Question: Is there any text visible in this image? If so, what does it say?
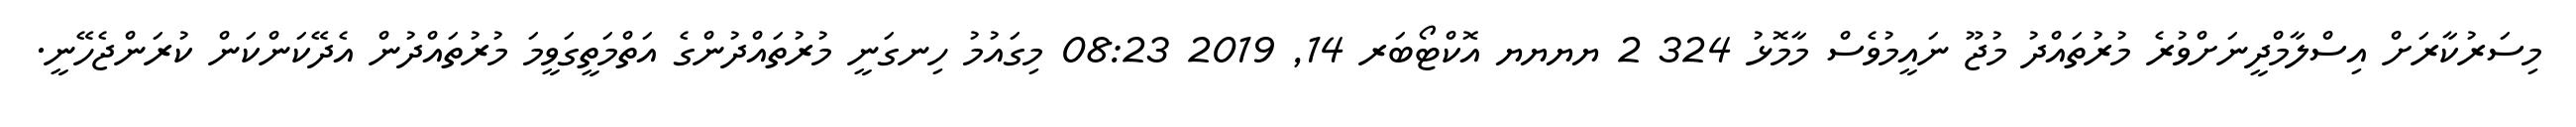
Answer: މިސަރުކާރަށް އިސްލާމްދީނަށްވުރެ މުރުތައްދު މުޖޫ ނައީމުވެސް މާމޮޅު 324 2 ޔޔޔޔ އޮކްޓޯބަރ 14, 2019 08:23 މިގައުމު ހިނގަނީ މުރުތައްދުންގެ އަތްމަތީގަވީމަ މުރުތައްދުން އެދޭކަންކަން ކުރަންޖެހޭނީ.